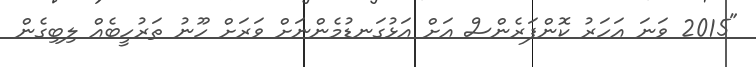
"2015 ވަނަ އަހަރު ކޮންފަރެންސް އަށް އަޅުގަނޑުމެންނަށް ވަރަށް ހޫނު ތަރުހީބެއް ލިބިގެން